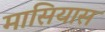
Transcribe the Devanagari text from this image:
मासियास